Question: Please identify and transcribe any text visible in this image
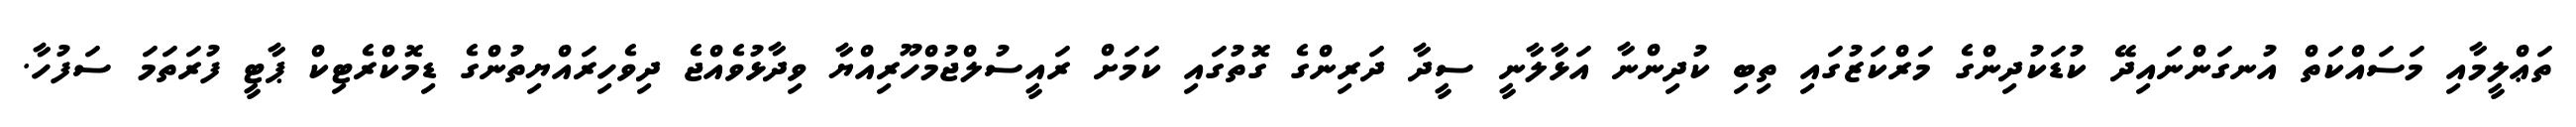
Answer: ތަޢްލީމާއި މަސައްކަތް އުނގަންނައިދޭ ކުޑަކުދިންގެ މަރްކަޒުގައި ތިބި ކުދިންނާ އަޅާލާނީ ސީދާ ދަރިންގެ ގޮތުގައި ކަމަށް ރައީސުލްޖުމްހޫރިއްޔާ ވިދާޅުވެއްޖެ ދިވެހިރައްޔިތުންގެ ޑިމޮކްރެޓިކް ޕާޓީ ފުރަތަމަ ސަފުހާ.